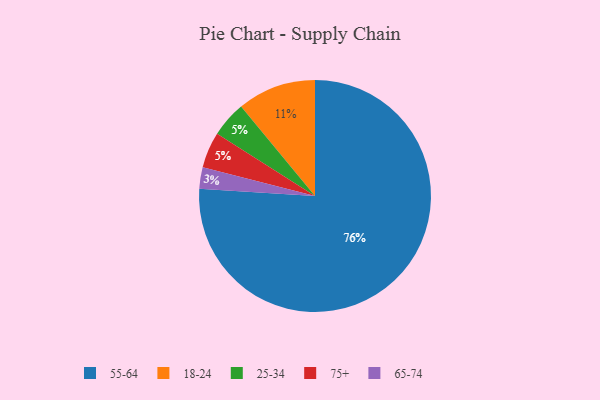
{"axis": {"x": "Category", "y": "Percentage"}, "legend": ["18-24", "25-34", "55-64", "65-74", "75+"], "data": [{"x": "65-74", "y": 3, "type": "65-74"}, {"x": "18-24", "y": 11, "type": "18-24"}, {"x": "55-64", "y": 76, "type": "55-64"}, {"x": "25-34", "y": 5, "type": "25-34"}, {"x": "75+", "y": 5, "type": "75+"}]}